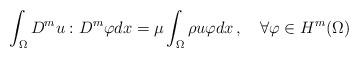
LaTeX: \begin{align*}\int_{\Omega}D^m u:D^m \varphi dx=\mu\int_{\Omega}\rho u \varphi dx\,,\ \ \ \forall\varphi\in H^m(\Omega)\end{align*}